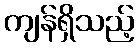
ကျန်ရှိသည့်